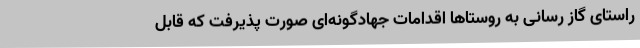
راستای گاز رسانی به روستاها اقدامات جهادگونه‌ای صورت پذیرفت که قابل